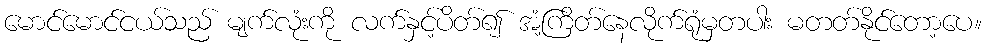
မောင်မောင်ငယ်သည် မျက်လုံးကို လက်နှင့်ပိတ်၍ အံ့ကြိတ်နေလိုက်ရုံမှတပါး မတတ်နိုင်တော့ပေ။